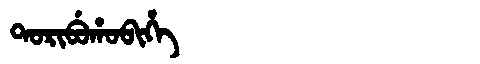
Manchu: ᡨᠣᡵᡳᠪᡠᡥᠣᠪᡳᡥᡝ
Romanization: TORIBUHOBIHE